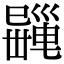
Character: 𢁎